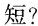
短?